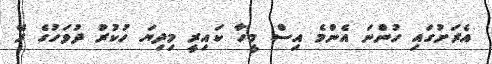
އެރަށުގައި ހުންނަ އެންމެ އިސް މީހާ ކައިރީ މިދިޔަ ހުކުރު ދުވަހުގެ ރޭ